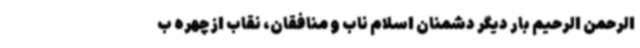
الرحمن الرحیم بار دیگر دشمنان اسلام ناب و منافقان، نقاب از چهره ب